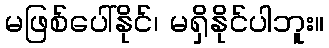
မဖြစ်ပေါ်နိုင်၊ မရှိနိုင်ပါဘူး။